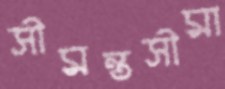
সীমন্তসীমা